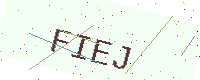
Text: FIEJ